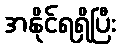
အနိုင်ရရှိပြီး